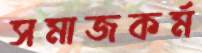
সমাজকর্ম